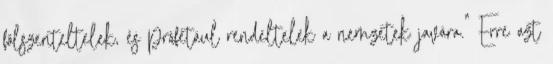
fölszenteltelek, és prófétául rendeltelek a nemzetek javára.” Erre azt